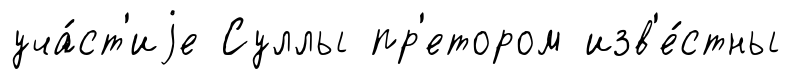
уча́ст'иjе Суллы пр'етором изв'е́стны